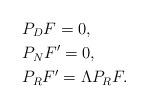
LaTeX: \begin{align*} &P_D F = 0,\\ &P_N F' = 0,\\ &P_R F' = \Lambda P_R F.\end{align*}